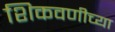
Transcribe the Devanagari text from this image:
शिकवणीच्या